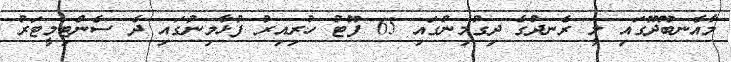
މާއެނބޫދޫގައި ލީ ރެނދުގެ ދިގުމިނުގައި 65 ފޫޓު ހުރިއިރު ފުޅާމިނުގައި ދެ ސެންޓިމީޓަރު